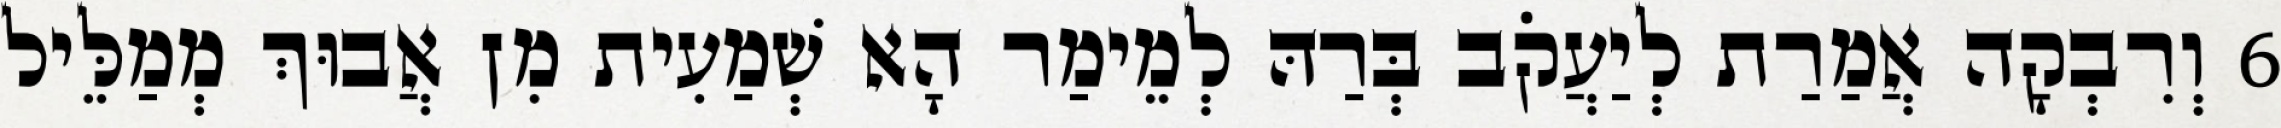
6 וְרִבְקָה אֲמַרַת לְיַעֲקֹב בְּרַהּ לְמֵימַר הָא שְׁמַעִית מִן אֲבוּךְ מְמַלֵּיל